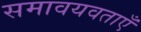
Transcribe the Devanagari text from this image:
समावयवताएँ